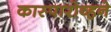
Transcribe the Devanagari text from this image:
कास्पारोव्हने